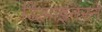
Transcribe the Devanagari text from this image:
डिझाइनरने